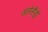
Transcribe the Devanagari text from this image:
अलेसैंड्रो